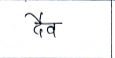
मजकूर: दैव